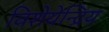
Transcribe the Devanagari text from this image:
विशेयेन्द्रिय